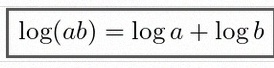
\log(ab)=\log a+\log b